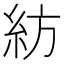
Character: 紡